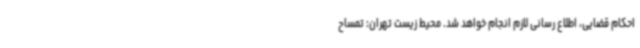
احکام قضایی، اطلاع رسانی لازم انجام خواهد شد. محیط زیست تهران: تمساح